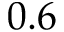
0 . 6